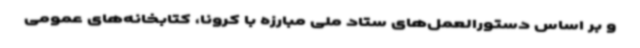
و بر اساس دستورالعمل‌های ستاد ملی مبارزه با کرونا، کتابخانه‌های عمومی